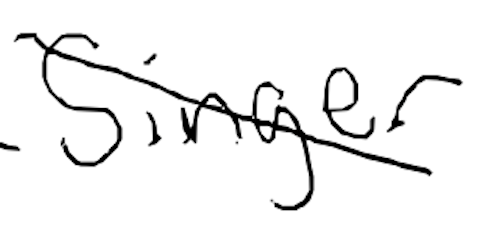
Text: singer
Cross-out: diagonal
Writing tool: digital_black